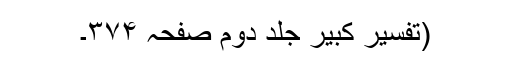
(تفسیر کبیر جلد دوم صفحہ ۳۷۴۔